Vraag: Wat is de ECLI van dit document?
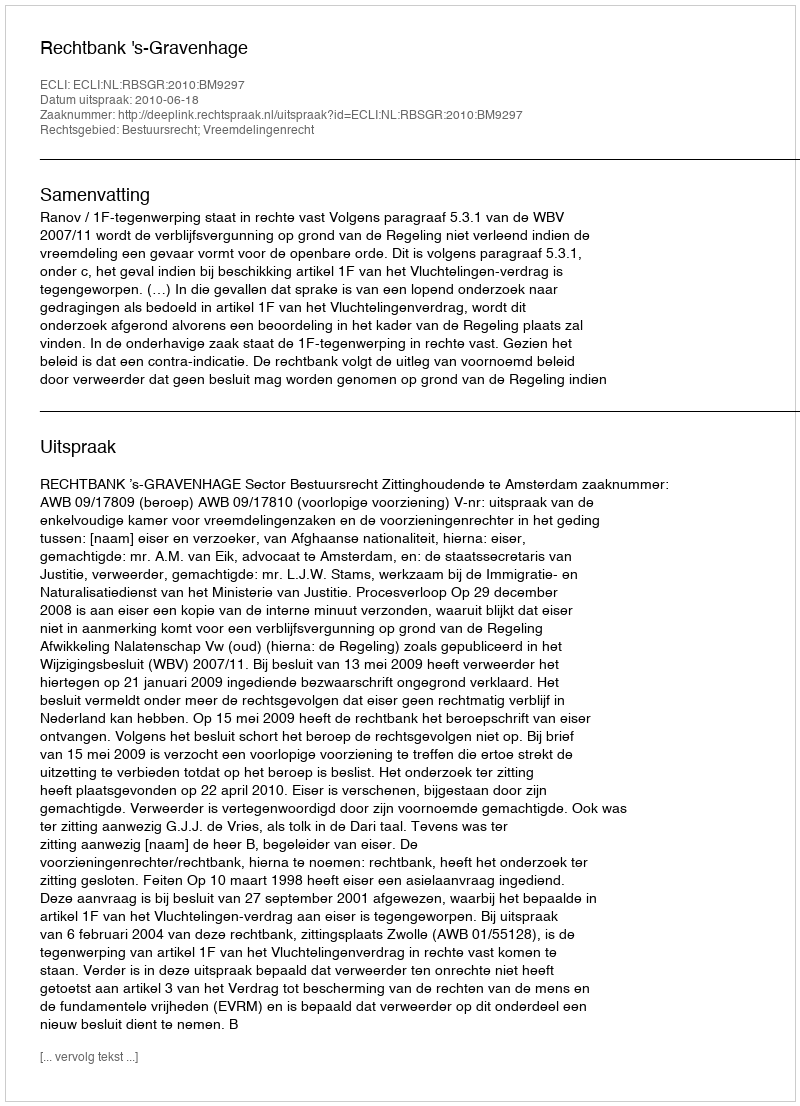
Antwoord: ECLI:NL:RBSGR:2010:BM9297